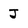
Character: J